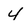
Character: 4